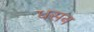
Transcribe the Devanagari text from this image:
धसन